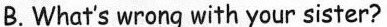
B.What's wrong with your sister?